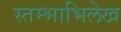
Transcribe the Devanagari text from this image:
स्तम्भाभिलेख